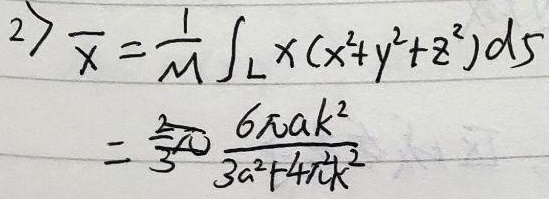
2>
\[
\begin{align*}
\overline{x}&=\frac{1}{M}\int_{L}x(x^{2}+y^{2}+z^{2})ds\\
&=\frac{6\pi ak^{2}}{3a^{2}+4\pi^{2}k^{2}}
\end{align*}
\]